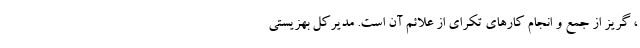
، گریز از جمع و انجام کارهای تکرای از علائم آن است. مدیرکل بهزیستی